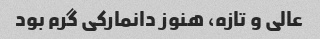
عالی و تازه، هنوز دانمارکی گرم بود